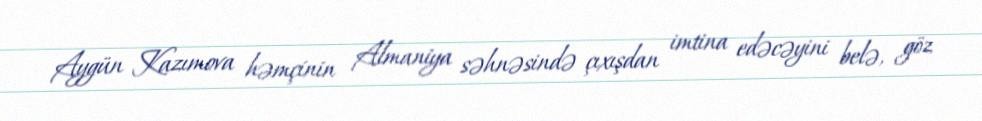
Aygün Kazımova həmçinin Almaniya səhnəsində çıxışdan imtina edəcəyini belə, göz